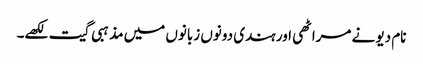
نام دیو نے مراٹھی اور ہندی دونوں زبانوں میں مذہبی گیت لکھے۔